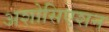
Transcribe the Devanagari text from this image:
अशोसिएशन